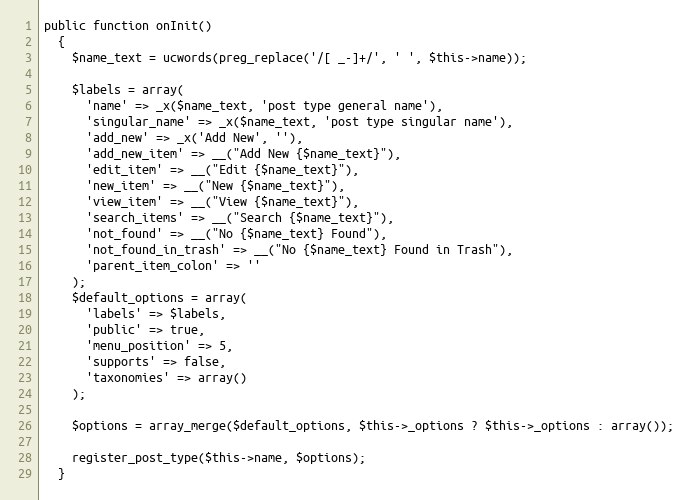
Language: PHP
public function onInit()
  {
    $name_text = ucwords(preg_replace('/[ _-]+/', ' ', $this->name));

    $labels = array(
      'name' => _x($name_text, 'post type general name'),
      'singular_name' => _x($name_text, 'post type singular name'),
      'add_new' => _x('Add New', ''),
      'add_new_item' => __("Add New {$name_text}"),
      'edit_item' => __("Edit {$name_text}"),
      'new_item' => __("New {$name_text}"),
      'view_item' => __("View {$name_text}"),
      'search_items' => __("Search {$name_text}"),
      'not_found' => __("No {$name_text} Found"),
      'not_found_in_trash' => __("No {$name_text} Found in Trash"),
      'parent_item_colon' => ''
    );
    $default_options = array(
      'labels' => $labels,
      'public' => true,
      'menu_position' => 5,
      'supports' => false,
      'taxonomies' => array()
    );

    $options = array_merge($default_options, $this->_options ? $this->_options : array());

    register_post_type($this->name, $options);
  }